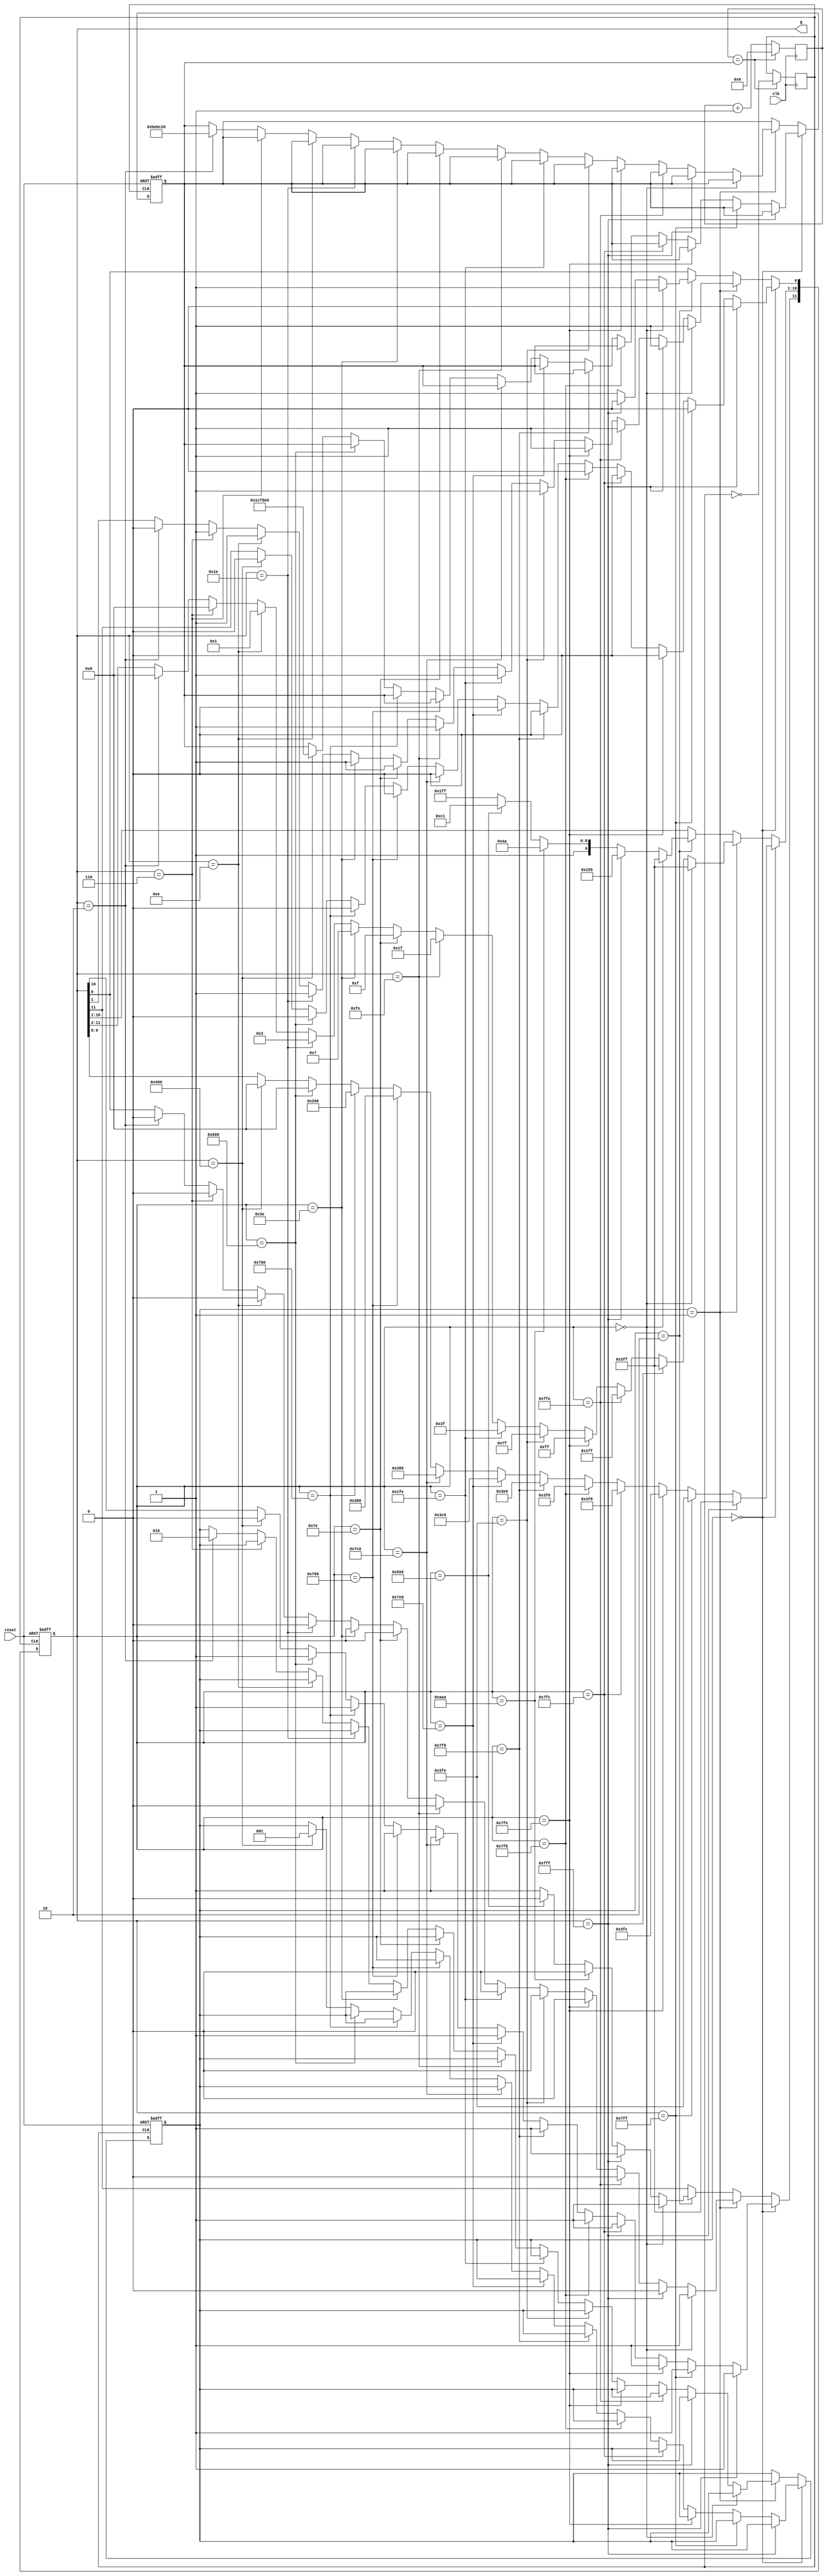
module marquee(reset,clk,Q);

input reset, clk; //clk 50MHz
output [11:0] Q;
reg [26:0] cntForClk1;
reg [26:0] numForClk1 = 1200000;
reg clk1 = 1'b0;
reg [2:0] modeCtrl = 3'b000;
reg [11:0] marquee    = 12'b111111111111;
//Mode 000
reg [11:0] State_init = 12'b111111111111;
reg [11:0] State_01   = 12'b111111111110;
reg [11:0] State_02   = 12'b111111111100;
reg [11:0] State_03   = 12'b111111111000;
reg [11:0] State_04   = 12'b111111110000;
reg [11:0] State_05   = 12'b111111100000;
reg [11:0] State_06   = 12'b111111000000;
reg [11:0] State_07   = 12'b111110000000;
reg [11:0] State_08   = 12'b111100000000;
reg [11:0] State_09   = 12'b111000000000;
reg [11:0] State_10   = 12'b110000000000;
reg [11:0] State_11   = 12'b100000000000;
reg [11:0] State_12   = 12'b000000000000;
//Mode 001
reg [11:0] State_init_ = 12'b111111111111;
reg [11:0] State_01_   = 12'b011111111111;
reg [11:0] State_02_   = 12'b001111111111;
reg [11:0] State_03_   = 12'b000111111111;
reg [11:0] State_04_   = 12'b000011111111;
reg [11:0] State_05_   = 12'b000001111111;
reg [11:0] State_06_   = 12'b000000111111;
reg [11:0] State_07_   = 12'b000000011111;
reg [11:0] State_08_   = 12'b000000001111;
reg [11:0] State_09_   = 12'b000000000111;
reg [11:0] State_10_   = 12'b000000000011;
reg [11:0] State_11_   = 12'b000000000001;
reg [11:0] State_12_   = 12'b000000000000;
//Mode 002
reg OuO = 1'b0;
reg OuOcount = 3'b000;

//clk1 1200000 -> 1250000
	always @(posedge clk) begin
		cntForClk1 <= cntForClk1 + 1;
		if(cntForClk1 == numForClk1) begin
			cntForClk1 <= 0;
			clk1 <= ~clk1;
		end
	end

//Mode 000 use clk1
	always @(posedge clk1, negedge reset) begin
		if(reset == 0) begin
			numForClk1 <= 1200000;
			marquee <= State_init;
			modeCtrl <= 3'b000;
		end
		else begin
		
			//Mode 000
			if(modeCtrl == 3'b000) begin 
				if(marquee == State_init)            marquee <= State_01;
				else if(marquee == 12'b011111111111) marquee <= State_02;
				else if(marquee == 12'b011111111110) marquee <= State_03;
				else if(marquee == 12'b011111111100) marquee <= State_04;
				else if(marquee == 12'b011111111000) marquee <= State_05;
				else if(marquee == 12'b011111110000) marquee <= State_06;
				else if(marquee == 12'b011111100000) marquee <= State_07;
				else if(marquee == 12'b011111000000) marquee <= State_08;
				else if(marquee == 12'b011110000000) marquee <= State_09;
				else if(marquee == 12'b011100000000) marquee <= State_10;
				else if(marquee == 12'b011000000000) marquee <= State_11;
				else if(marquee == 12'b010000000000) begin
					marquee <= State_12;
					numForClk1 = 1900000; //CLK!!!
					modeCtrl <= 3'b001; //go to next Mode
				end
				else begin //left shift
					marquee[11:1] <= marquee[10:0];
					marquee[0] <= marquee[11];
				end
			end //Mode 000
			
			//Mode 001
			else if(modeCtrl == 3'b001) begin
				if(marquee == State_12)              marquee <= State_init_;
				else if(marquee == State_init_)      marquee <= State_01_; //12'b011111111111;
				else if(marquee == 12'b111111111110) marquee <= State_02_; //12'b001111111111;
				else if(marquee == 12'b011111111110) marquee <= State_03_;
				else if(marquee == 12'b001111111110) marquee <= State_04_;
				else if(marquee == 12'b000111111110) marquee <= State_05_;
				else if(marquee == 12'b000011111110) marquee <= State_06_;
				else if(marquee == 12'b000001111110) marquee <= State_07_;
				else if(marquee == 12'b000000111110) marquee <= State_08_;
				else if(marquee == 12'b000000011110) marquee <= State_09_;
				else if(marquee == 12'b000000001110) marquee <= State_10_;
				else if(marquee == 12'b000000000110) marquee <= State_11_;
				else if(marquee == 12'b000000000010) begin
					marquee <= State_12_;
					numForClk1 = 12500000; //CLK!!!!!
					modeCtrl <= 3'b010; //go to next Mode
				end
				else begin //right shift
					marquee[10:0] <= marquee[11:1];
					marquee[11] <= marquee[0];
				end
			end //Mode 001
			
			//Mode 002
			else if(modeCtrl == 3'b010) begin
				if(marquee == State_12_) begin
					marquee <= 12'b111111111111;//init
				end
				else if(marquee == 12'b111111111111) begin
					marquee <= 12'b101010101010;
				end
				else if(marquee == 12'b101010101010) begin
					marquee <= 12'b010101010101;
				end
				else if(marquee == 12'b010101010101) begin
					marquee <= 12'b010110000011; //smile:)
				end
				else begin
					marquee <= 12'b111111111111;//init
				end
				
				
			end //Mode 002
			
		end //else
	end //always @(posedge clk1, negedge reset)

//show LED
	assign Q = marquee[11:0];

endmodule